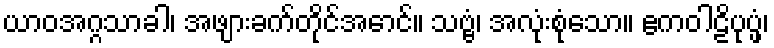
ယာဝအဂ္ဂသာခါ၊ အဖျားခက်တိုင်အောင်။ သဗ္ဗံ၊ အလုံးစုံသော။ ဧကဝါဠိပုပ္ဖံ၊